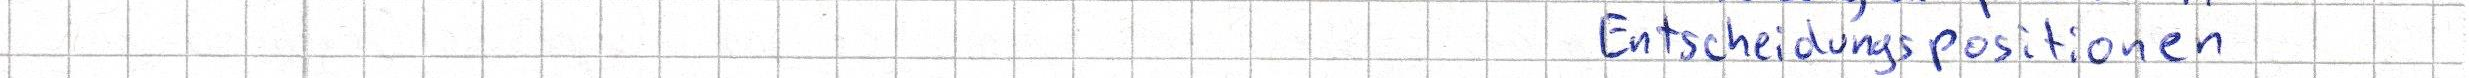
Entscheidungspositionen